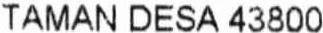
TAMAN DESA 43800